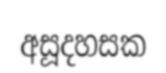
අසූදහසක